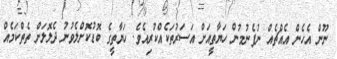
ނޫން އެހެން އެއްޗެއް ނުފެނުމުން ހަޔާތީއަށް އަސަރުތަކެއްކުރިއެވެ. ހަޔާތީގެ ބޮޑުކޮށްލެވުނު ދެލޮލަށް ތެތްކަމެއް